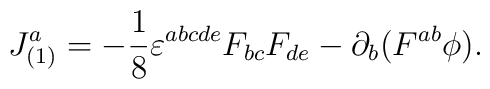
J^a_{(1)}=-\frac{1}{8}\varepsilon^{abcde}F_{bc}F_{de}-\partial_b(F^{ab}\phi).